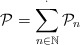
\begin{align*}\mathcal{P}=\sum_{n\in\mathbb{N}}^{\cdot}\mathcal{P}_n\end{align*}